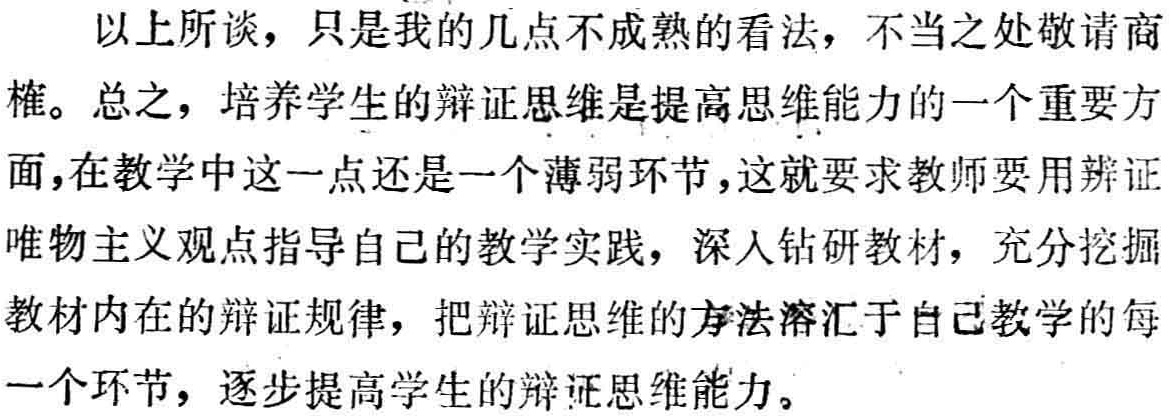
以上所谈，只是我的几点不成熟的看法，不当之处敬请商榷。总之，培养学生的辩证思维是提高思维能力的一个重要方面，在教学中这一点还是一个薄弱环节，这就要求教师要用辨证唯物主义观点指导自己的教学实践，深入钻研教材，充分挖掘教材内在的辩证规律，把辩证思维的方法溶汇于自己教学的每一个环节，逐步提高学生的辩证思维能力。